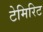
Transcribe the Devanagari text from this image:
टेमिरिट